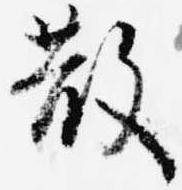
散